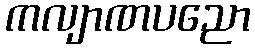
ကလျာဏပညော